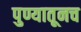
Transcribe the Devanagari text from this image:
पुण्यातूनच